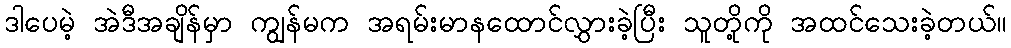
ဒါပေမဲ့ အဲဒီအချိန်မှာ ကျွန်မက အရမ်းမာနထောင်လွှားခဲ့ပြီး သူတို့ကို အထင်သေးခဲ့တယ်။